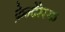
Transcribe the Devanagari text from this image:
फ़ेन्देरेस्क